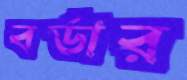
বর্ডার